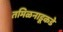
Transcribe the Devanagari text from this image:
तमिळनाडूकडे